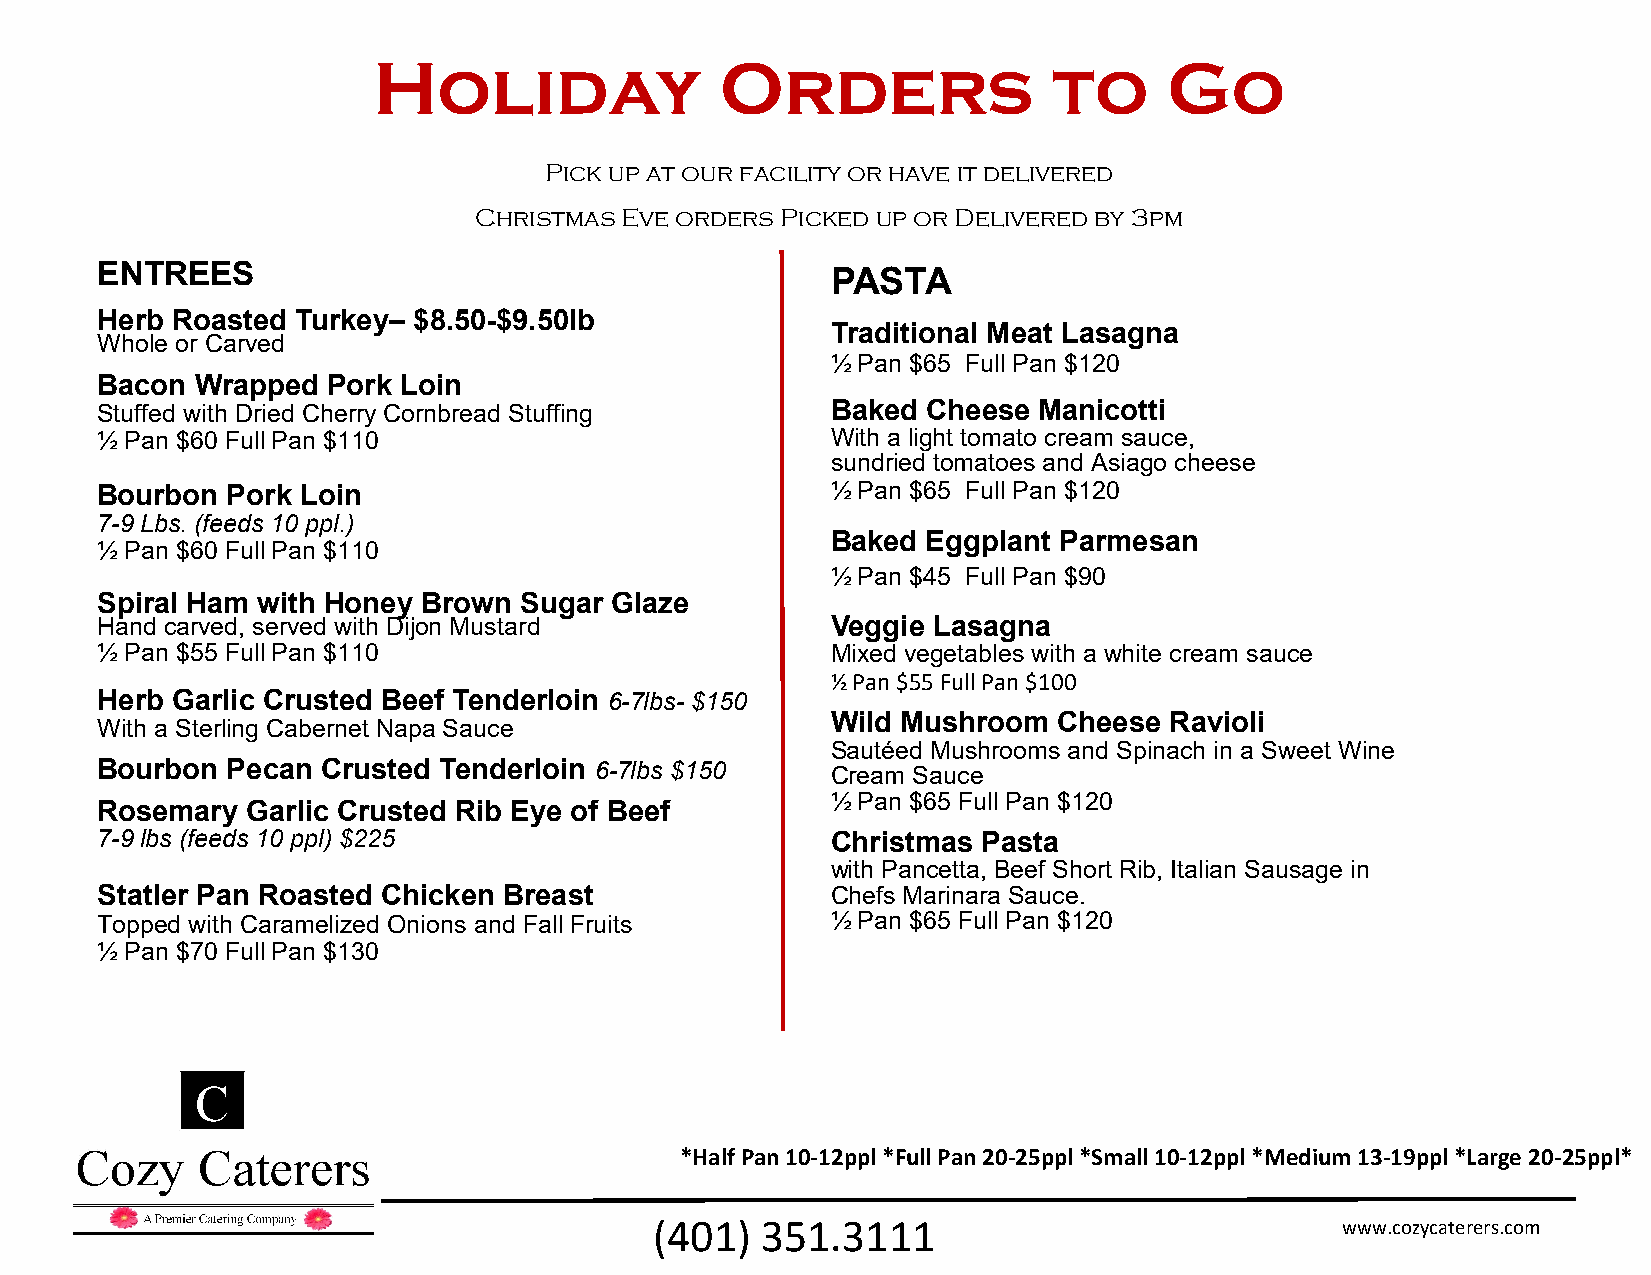
Holiday                Orders                to     Go
 Pick up at our facility or have it delivered
 Christmas Eve orders Picked up or Delivered by 3pm
 ENTREES                                          PASTA
 Herb Roasted  Turkey– $8.50-$9.50lb
 Traditional Meat Lasagna
 Whole or Carved
 ½ Pan $65 Full Pan $120
 Bacon  Wrapped  Pork Loin
 Stuffed with Dried Cherry Cornbread Stuffing     Baked Cheese  Manicotti
 ½ Pan $60 Full Pan $110                          With a light tomato cream sauce,
 sundried tomatoes and Asiago cheese
 Bourbon  Pork Loin                               ½ Pan $65 Full Pan $120
 7-9 Lbs. (feeds 10 ppl.)
 Baked Eggplant Parmesan
 ½ Pan $60 Full Pan $110
 ½ Pan $45 Full Pan $90
 Spiral Ham with Honey Brown Sugar Glaze
 Hand carved, served with Dijon Mustard           Veggie Lasagna
 ½ Pan $55 Full Pan $110                          Mixed vegetables with a white cream sauce
 ½ Pan $55 Full Pan $100
 Herb Garlic Crusted Beef Tenderloin 6-7lbs- $150
 Wild Mushroom  Cheese Ravioli
 With a Sterling Cabernet Napa Sauce
 Sautéed Mushrooms and Spinach in a Sweet Wine
 Bourbon  Pecan Crusted Tenderloin 6-7lbs $150    Cream Sauce
 ½ Pan $65 Full Pan $120
 Rosemary  Garlic Crusted Rib Eye of Beef
 7-9 lbs (feeds 10 ppl) $225                      Christmas Pasta
 with Pancetta, Beef Short Rib, Italian Sausage in
 Statler Pan Roasted Chicken Breast               Chefs Marinara Sauce.
 Topped with Caramelized Onions and Fall Fruits   ½ Pan $65 Full Pan $120
 ½ Pan $70 Full Pan $130
 *Half Pan 10-12ppl *Full Pan 20-25ppl *Small 10-12ppl *Medium 13-19ppl *Large 20-25ppl*
 (401)  351.3111                               www.cozycaterers.com